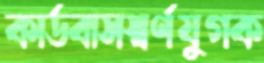
কার্ডবাসস্বর্ণযুগক